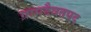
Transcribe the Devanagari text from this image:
ग्रामदैवतपद